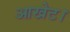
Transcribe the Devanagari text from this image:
आखेट।